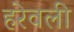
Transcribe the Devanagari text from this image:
हरेवली